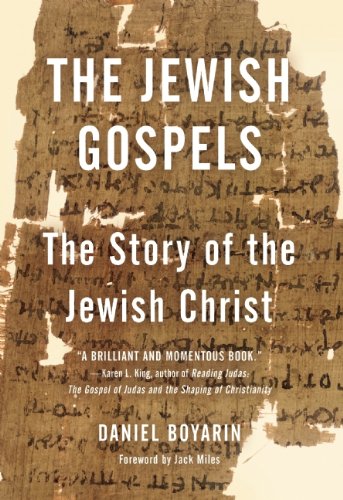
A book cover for The Jewish Gospels: The Story of the Jewish Christ; Daniel Boyarin; Christian Books & Bibles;